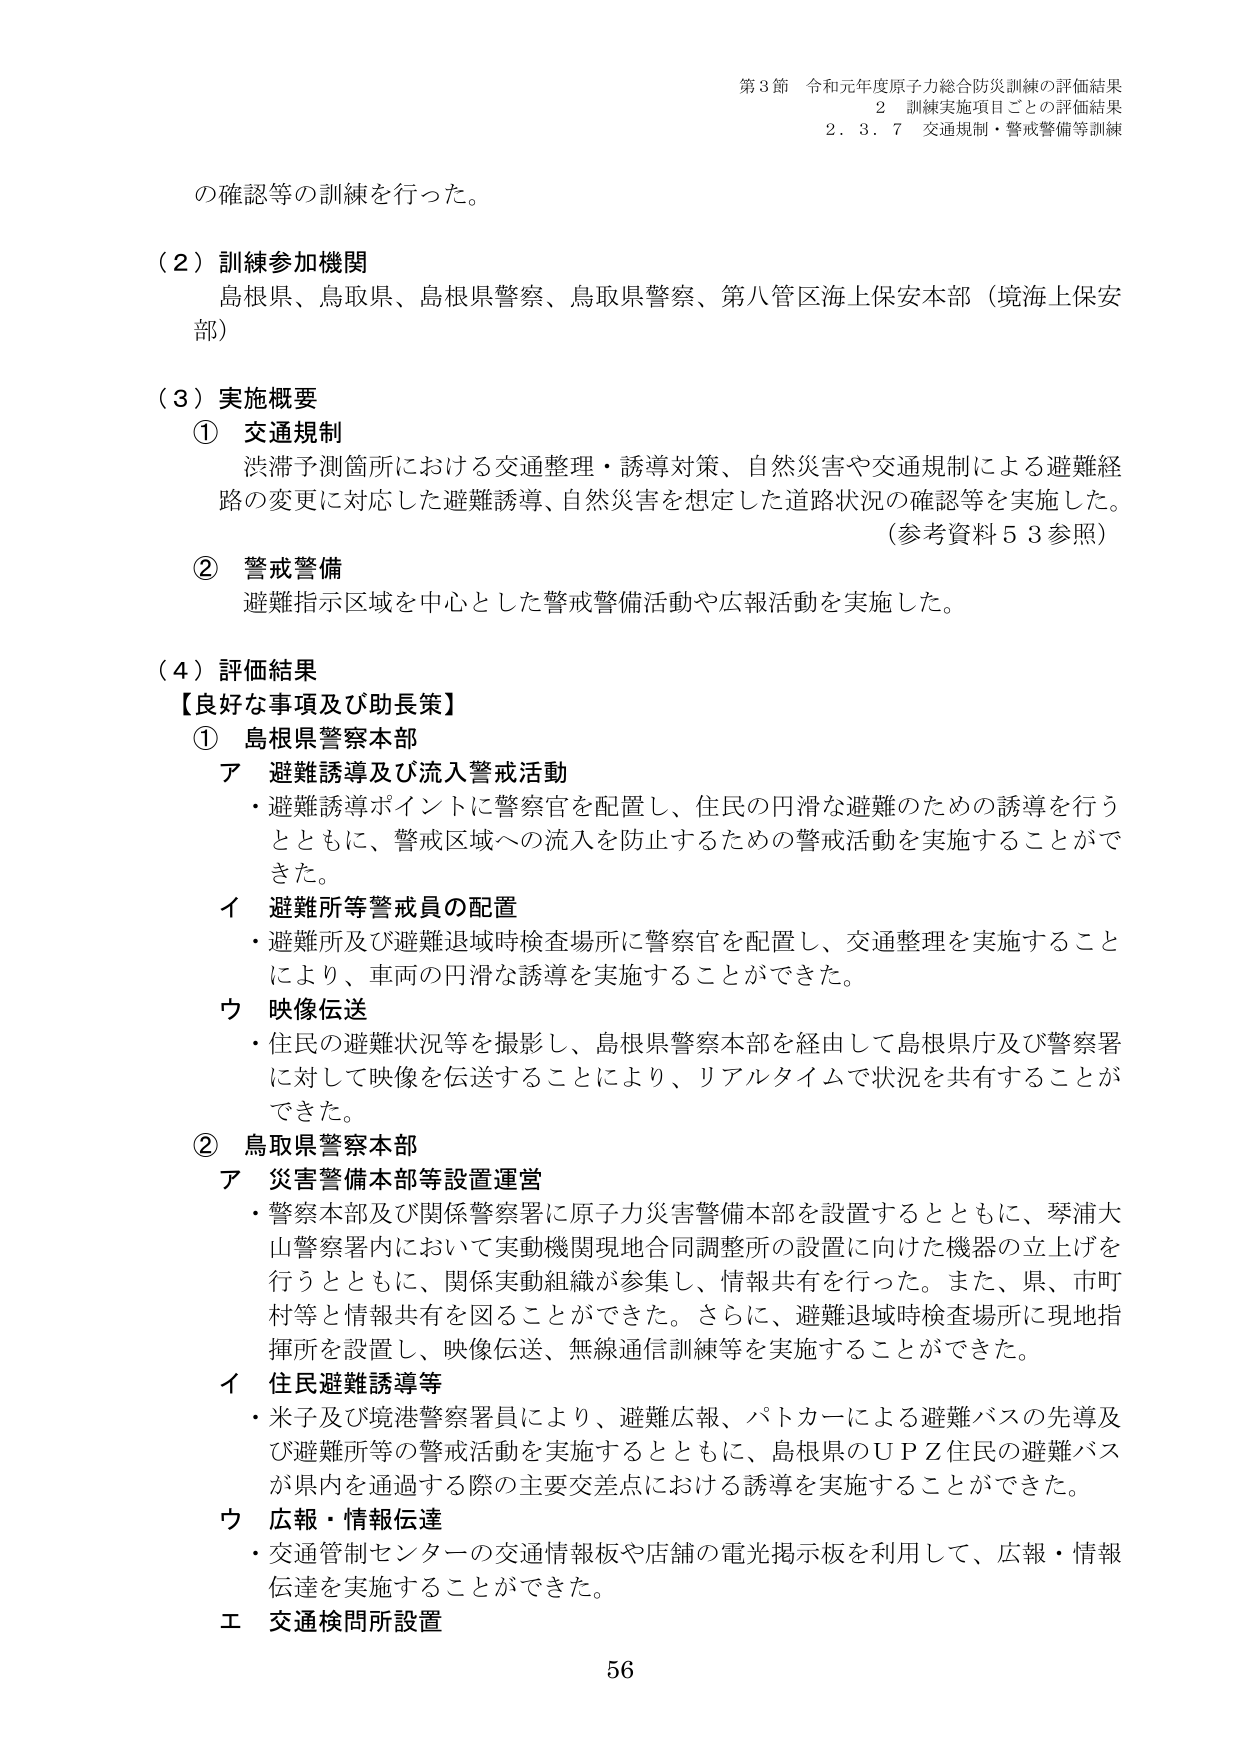
第3節 令和元年度原子力総合防災訓練の評価結果
2 訓練実施項目ごとの評価結果
2．3．7 交通規制・警戒警備等訓練

の確認等の訓練を行った。

（2）訓練参加機関
島根県、鳥取県、島根県警察、鳥取県警察、第八管区海上保安本部（境海上保安部）

（3）実施概要
① 交通規制
渋滞予測箇所における交通整理・誘導対策、自然災害や交通規制による避難経路の変更に対応した避難誘導、自然災害を想定した道路状況の確認等を実施した。
（参考資料53参照）

② 警戒警備
避難指示区域を中心とした警戒警備活動や広報活動を実施した。

（4）評価結果
【良好な事項及び助長策】
① 島根県警察本部
ア 避難誘導及び流入警戒活動
・避難誘導ポイントに警察官を配置し、住民の円滑な避難のための誘導を行うとともに、警戒区域への流入を防止するための警戒活動を実施することができた。
イ 避難所等警戒員の配置
・避難所及び避難退域時検査場所に警察官を配置し、交通整理を実施することにより、車両の円滑な誘導を実施することができた。
ウ 映像伝送
・住民の避難状況等を撮影し、島根県警察本部を経由して島根県庁及び警察署に対して映像を伝送することにより、リアルタイムで状況を共有することができた。

② 鳥取県警察本部
ア 災害警備本部等設置運営
・警察本部及び関係警察署に原子力災害警備本部を設置するとともに、琴浦大山警察署内において実動機関現地合同調整所の設置に向けた機器の立上げを行うとともに、関係実動組織が参集し、情報共有を行った。また、県、市町村等と情報共有を図ることができた。さらに、避難退域時検査場所に現地指揮所を設置し、映像伝送、無線通信訓練等を実施することができた。
イ 住民避難誘導等
・米子及び境港警察署員により、避難広報、パトカーによる避難バスの先導及び避難所等の警戒活動を実施するとともに、島根県のＵＰＺ住民の避難バスが県内を通過する際の主要交差点における誘導を実施することができた。
ウ 広報・情報伝達
・交通管制センターの交通情報板や店舗の電光掲示板を利用して、広報・情報伝達を実施することができた。
エ 交通検問所設置

56